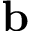
\mathbf { b }